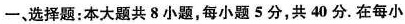
一、选择题：本大题共8小题，每小题5分，共40分.在每小